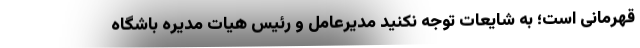
قهرمانی است؛ به شایعات توجه نکنید مدیرعامل و رئیس هیات مدیره باشگاه